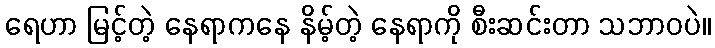
ရေဟာ မြင့်တဲ့ နေရာကနေ နိမ့်တဲ့ နေရာကို စီးဆင်းတာ သဘာဝပဲ။